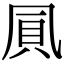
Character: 𠙒